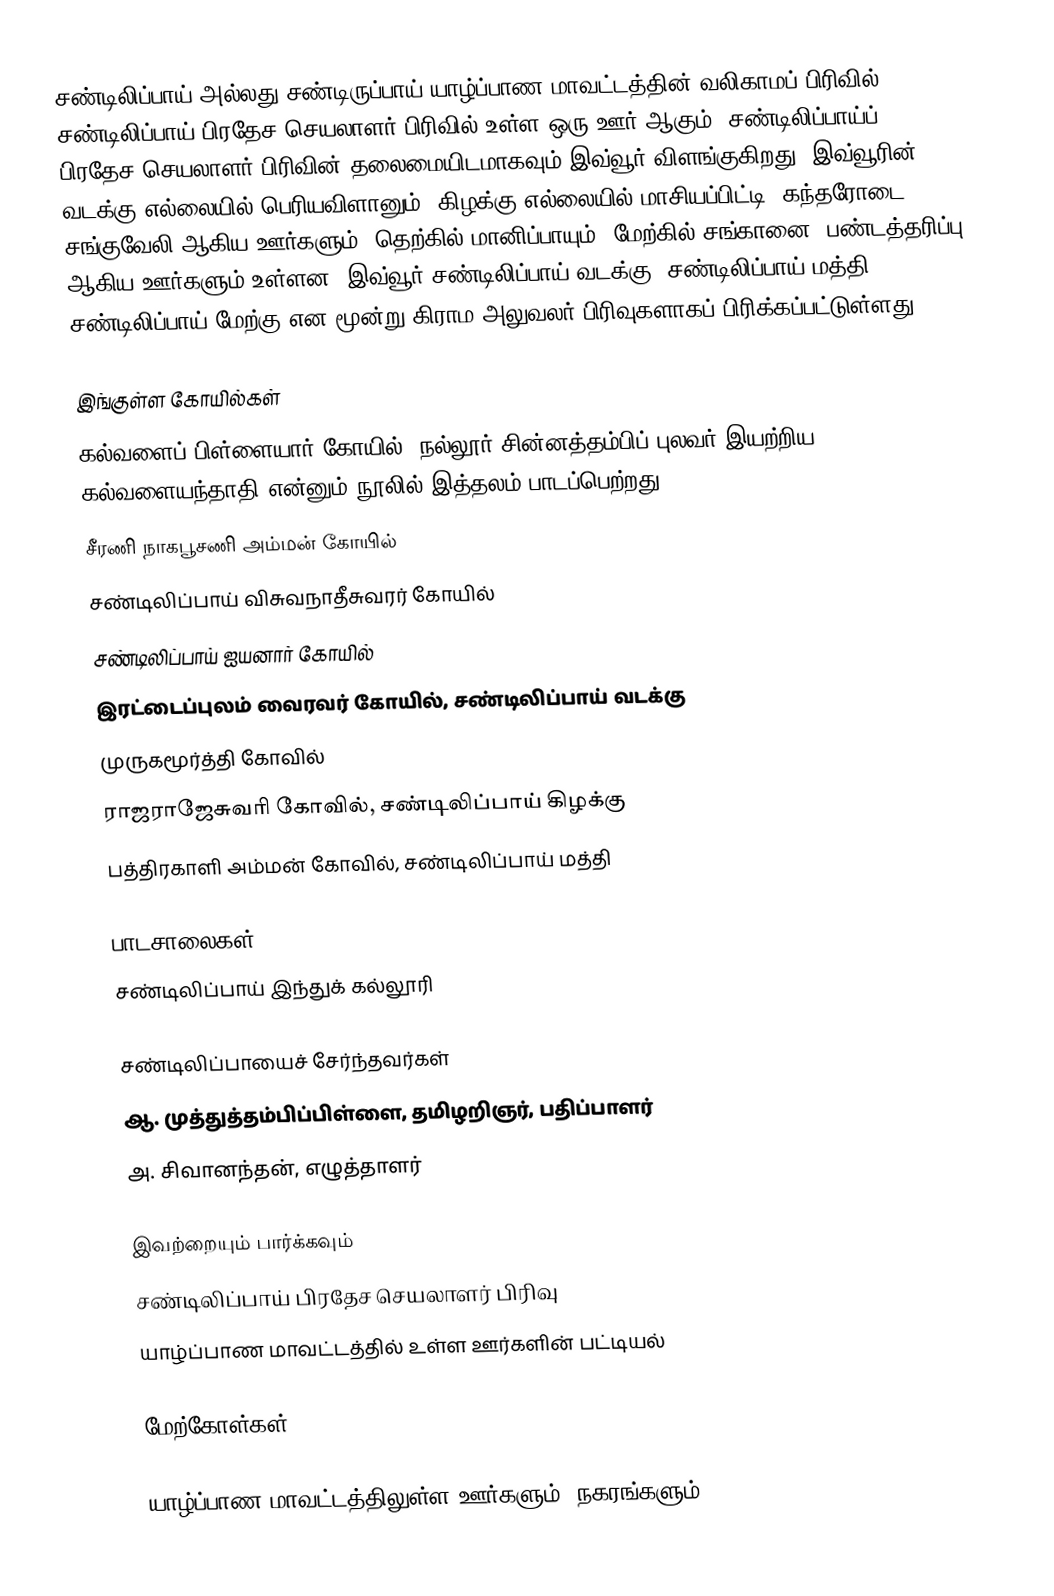
சண்டிலிப்பாய் அல்லது சண்டிருப்பாய் யாழ்ப்பாண மாவட்டத்தின் வலிகாமப் பிரிவில், சண்டிலிப்பாய் பிரதேச செயலாளர் பிரிவில் உள்ள ஒரு ஊர் ஆகும். சண்டிலிப்பாய்ப் பிரதேச செயலாளர் பிரிவின் தலைமையிடமாகவும் இவ்வூர் விளங்குகிறது. இவ்வூரின் வடக்கு எல்லையில் பெரியவிளானும், கிழக்கு எல்லையில் மாசியப்பிட்டி, கந்தரோடை, சங்குவேலி ஆகிய ஊர்களும், தெற்கில் மானிப்பாயும், மேற்கில் சங்கானை, பண்டத்தரிப்பு ஆகிய ஊர்களும் உள்ளன. இவ்வூர் சண்டிலிப்பாய் வடக்கு, சண்டிலிப்பாய் மத்தி, சண்டிலிப்பாய் மேற்கு என மூன்று கிராம அலுவலர் பிரிவுகளாகப் பிரிக்கப்பட்டுள்ளது.

இங்குள்ள கோயில்கள்
 கல்வளைப் பிள்ளையார் கோயில் (நல்லூர் சின்னத்தம்பிப் புலவர் இயற்றிய கல்வளையந்தாதி என்னும் நூலில் இத்தலம் பாடப்பெற்றது)
 சீரணி நாகபூசணி அம்மன் கோயில்
 சண்டிலிப்பாய் விசுவநாதீசுவரர் கோயில்
 சண்டிலிப்பாய் ஐயனார் கோயில்
 இரட்டைப்புலம் வைரவர் கோயில், சண்டிலிப்பாய் வடக்கு
 முருகமூர்த்தி கோவில்
 ராஜராஜேசுவரி கோவில், சண்டிலிப்பாய் கிழக்கு
 பத்திரகாளி அம்மன் கோவில், சண்டிலிப்பாய் மத்தி

பாடசாலைகள்
சண்டிலிப்பாய் இந்துக் கல்லூரி

சண்டிலிப்பாயைச் சேர்ந்தவர்கள்
ஆ. முத்துத்தம்பிப்பிள்ளை, தமிழறிஞர், பதிப்பாளர்
அ. சிவானந்தன், எழுத்தாளர்

இவற்றையும் பார்க்கவும்
 சண்டிலிப்பாய் பிரதேச செயலாளர் பிரிவு
 யாழ்ப்பாண மாவட்டத்தில் உள்ள ஊர்களின் பட்டியல்

மேற்கோள்கள்

யாழ்ப்பாண மாவட்டத்திலுள்ள ஊர்களும், நகரங்களும்